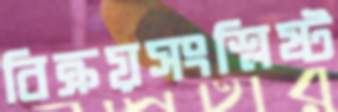
বিক্রয়সংশ্লিষ্ট